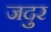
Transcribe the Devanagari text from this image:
जदुर